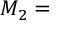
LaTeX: M _ { 2 } =